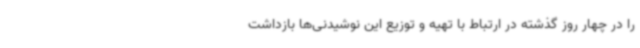
را در چهار روز گذشته در ارتباط با تهیه و توزیع این نوشیدنی‌ها بازداشت